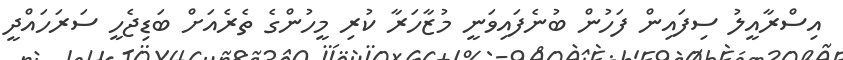
އިސްރާއީލު ސިފައިން ފަހުން ބުނެފައިވަނީ މުޒާހަރާ ކުރި މީހުންގެ ތެރެއަށް ބަޑިޖެހީ ސަރަހައްދީ